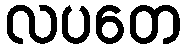
လပတေ